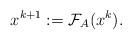
LaTeX: \begin{align*}{}x^{k+1}:=\mathcal{F}_A(x^k).\end{align*}